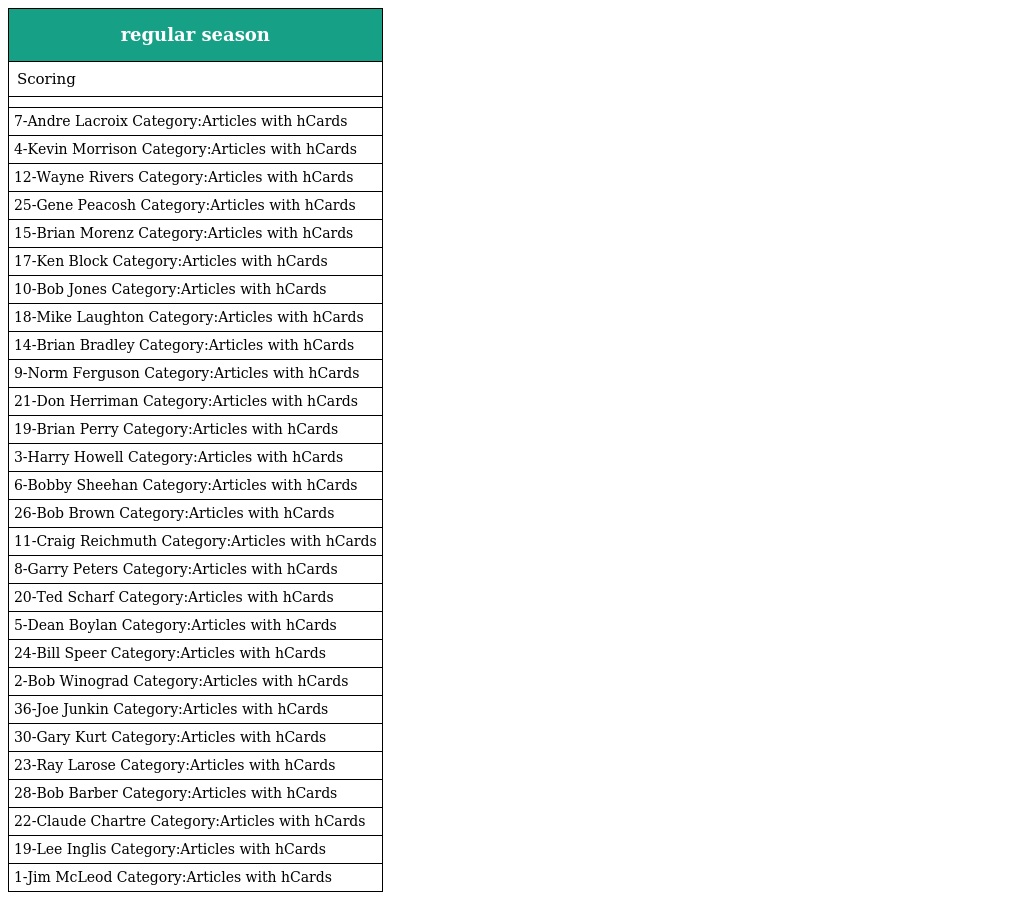
| regular season |
 | --- |
 | Scoring |
 |  |
 | 7-Andre Lacroix Category:Articles with hCards |
 | 4-Kevin Morrison Category:Articles with hCards |
 | 12-Wayne Rivers Category:Articles with hCards |
 | 25-Gene Peacosh Category:Articles with hCards |
 | 15-Brian Morenz Category:Articles with hCards |
 | 17-Ken Block Category:Articles with hCards |
 | 10-Bob Jones Category:Articles with hCards |
 | 18-Mike Laughton Category:Articles with hCards |
 | 14-Brian Bradley Category:Articles with hCards |
 | 9-Norm Ferguson Category:Articles with hCards |
 | 21-Don Herriman Category:Articles with hCards |
 | 19-Brian Perry Category:Articles with hCards |
 | 3-Harry Howell Category:Articles with hCards |
 | 6-Bobby Sheehan Category:Articles with hCards |
 | 26-Bob Brown Category:Articles with hCards |
 | 11-Craig Reichmuth Category:Articles with hCards |
 | 8-Garry Peters Category:Articles with hCards |
 | 20-Ted Scharf Category:Articles with hCards |
 | 5-Dean Boylan Category:Articles with hCards |
 | 24-Bill Speer Category:Articles with hCards |
 | 2-Bob Winograd Category:Articles with hCards |
 | 36-Joe Junkin Category:Articles with hCards |
 | 30-Gary Kurt Category:Articles with hCards |
 | 23-Ray Larose Category:Articles with hCards |
 | 28-Bob Barber Category:Articles with hCards |
 | 22-Claude Chartre Category:Articles with hCards |
 | 19-Lee Inglis Category:Articles with hCards |
 | 1-Jim McLeod Category:Articles with hCards |